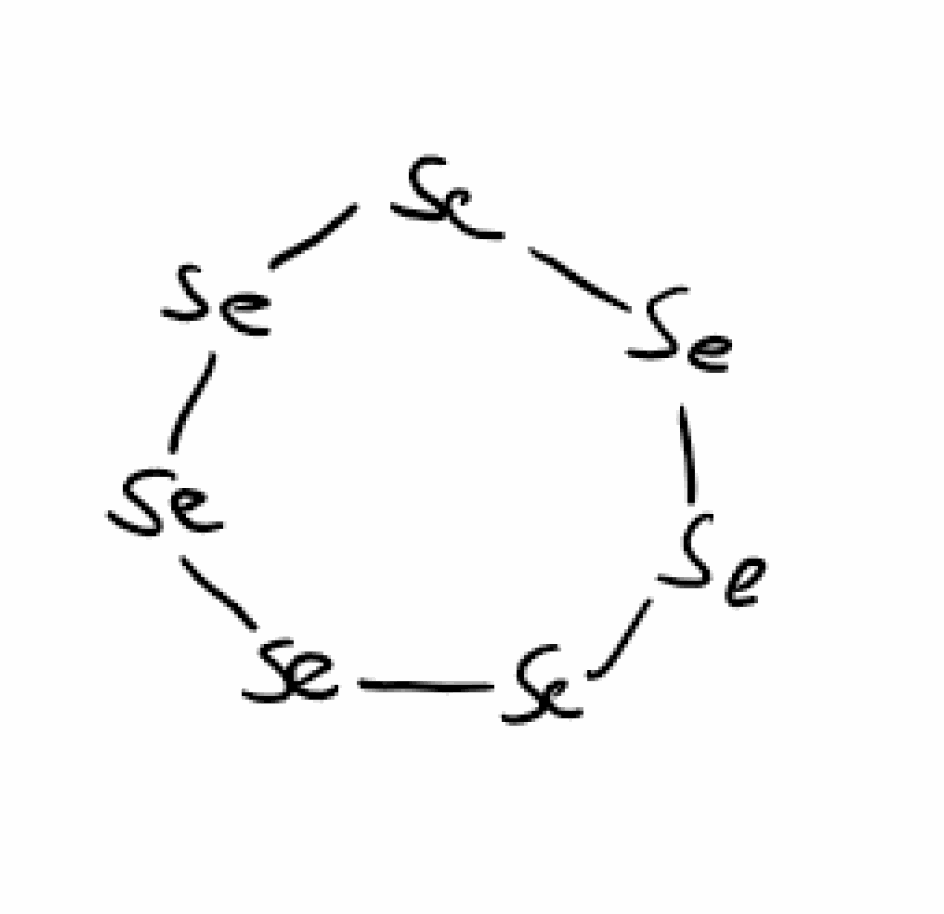
Simplified molecular-input line-entry system (SMILES) notation of the given molecule:
[Se]1[Se][Se][Se][Se][Se][Se]1